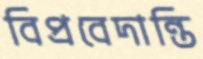
বিপ্রবেদান্তি